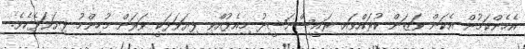
އެހެންކަމުން އެކަން ވަޒަން ކުރައްވައި ރައީސްނަޝީދު މިއެޅުއްވި ފިޔަވަޅަކީ ވަރަށް މުހިންމު ފިޔަވަޅެކެވެ.